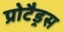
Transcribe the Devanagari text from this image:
प्रोटैड्रस